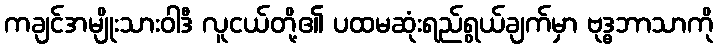
ကချင်အမျိုးသားဝါဒီ လူငယ်တို့၏ ပထမဆုံးရည်ရွယ်ချက်မှာ ဗုဒ္ဓဘာသာကို